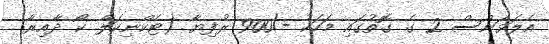
އެލަވަންސް 2 ގެ ގޮތުގައި މަހަކު -/900 ރުފިޔާ (ޓެކްނިކަލް ކޯ ދާއިރާ: